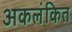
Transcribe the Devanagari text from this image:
अकलंकित